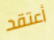
أعتقد